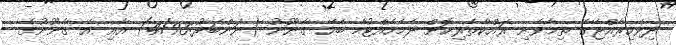
ދިވެހިރާއްޖޭގެ ތިމާވެށި ރައްކާތެރިކޮށް ދެމެހެއްޓުމާ ބެހޭ ޤާނޫނު (ނަންބަރު:4/93) އާއި އެ ޤާނޫނުގެ